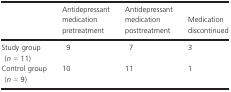
<table><thead><tr><td></td><td><b>Antidepressant medication pretreatment</b></td><td><b>Antidepressant medication posttreatment</b></td><td><b>Medication discontinued</b></td></tr></thead><tbody><tr><td>Study group (<i>n</i> = 11)</td><td>9</td><td>7</td><td>3</td></tr><tr><td>Control group (<i>n</i> = 9)</td><td>10</td><td>11</td><td>1</td></tr></tbody></table>